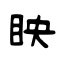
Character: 眏